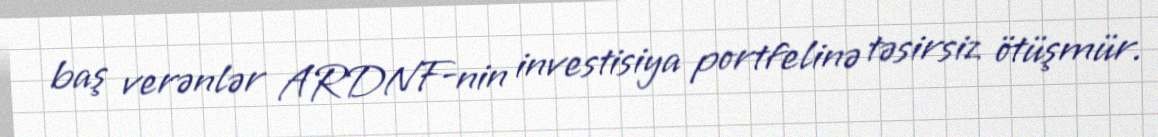
baş verənlər ARDNF-nin investisiya portfelinə təsirsiz ötüşmür.